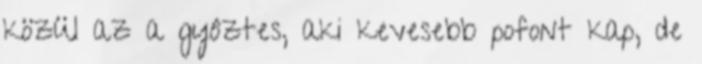
közül az a gyôztes, aki kevesebb pofont kap, de